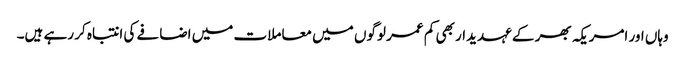
وہاں اور امریکہ بھر کے عہدیدار بھی کم عمر لوگوں میں معاملات میں اضافے کی انتباہ کر رہے ہیں۔